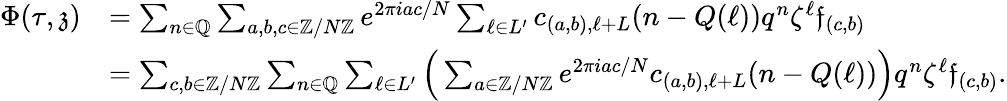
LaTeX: \begin{array}{rl}{\Phi(\tau,\mathfrak{z})}&{=\sum_{n\in\mathbb{Q}}\sum_{a,b,c\in\mathbb{Z}/N\mathbb{Z}}e^{2\pi iac/N}\sum_{\ell\in L^{\prime}}c_{(a,b),\ell+L}(n-Q(\ell))q^{n}\zeta^{\ell}\mathfrak{f}_{(c,b)}}\\ &{=\sum_{c,b\in\mathbb{Z}/N\mathbb Z}\sum_{n\in\mathbb{Q}}\sum_{\ell\in L^{\prime}}\Big(\sum_{a\in\mathbb{Z}/N\mathbb{Z}}e^{2\pi iac/N}c_{(a,b),\ell+L}(n-Q(\ell))\Big)q^{n}\zeta^{\ell}\mathfrak{f}_{(c,b)}.}\end{array}